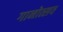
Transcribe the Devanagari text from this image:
गानोत्सव